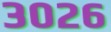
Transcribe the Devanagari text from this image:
३०२६